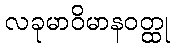
လခုမာဝိမာနဝတ္ထု